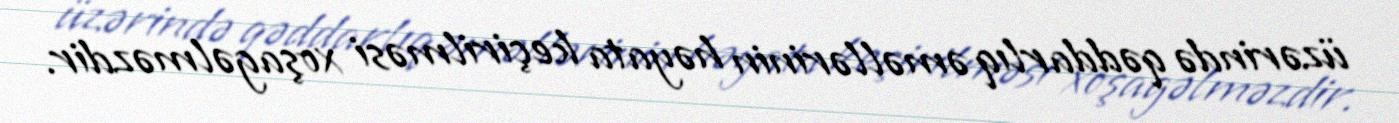
üzərində qəddarlıq əməllərinin həyata keçirilməsi xoşagəlməzdir.